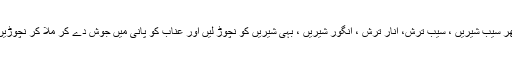
پھر سیب شیریں ، سیب تُرش، انار تُرش ، انگور شیریں ، بہی شیریں کو نچوڑ لیں اور عناب کو پانی میں جوش دے کر ملا کر نچوڑیں۔